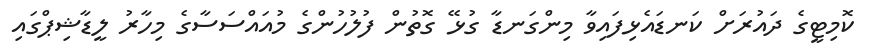
ކޮމިޓީގެ ދައުރަށް ކަނޑައެޅިފައިވާ މިންގަނޑާ ގުޅޭ ގޮތުން ފުލުހުންގެ މުއައްސަސާގެ މިހާރު ލީޑާޝިޕްގައި